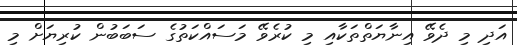
އަދި މި ދެވޭ އިނާޔަތްތަކާއި މި ކުރެވޭ މަަސައްކަތުގެ ސަބަބުން ކުރިޔަށް މި